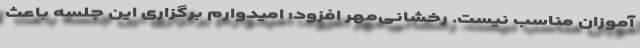
آموزان مناسب نیست. رخشانی‌مهر افزود: امیدوارم برگزاری این جلسه باعث